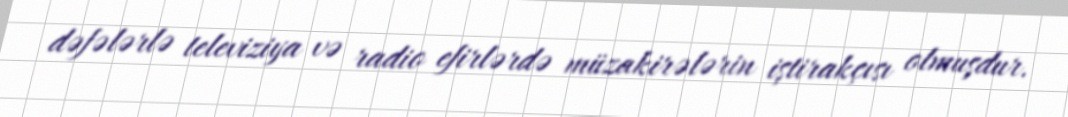
dəfələrlə televiziya və radio efirlərdə müzakirələrin iştirakçısı olmuşdur.